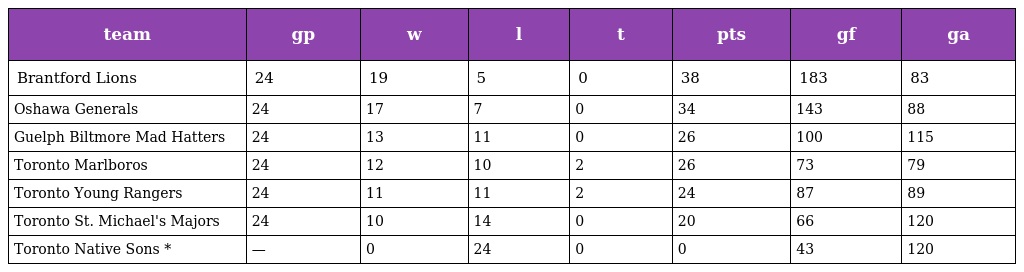
| team | gp | w | l | t | pts | gf | ga |
 | --- | --- | --- | --- | --- | --- | --- | --- |
 | Brantford Lions | 24 | 19 | 5 | 0 | 38 | 183 | 83 |
 | Oshawa Generals | 24 | 17 | 7 | 0 | 34 | 143 | 88 |
 | Guelph Biltmore Mad Hatters | 24 | 13 | 11 | 0 | 26 | 100 | 115 |
 | Toronto Marlboros | 24 | 12 | 10 | 2 | 26 | 73 | 79 |
 | Toronto Young Rangers | 24 | 11 | 11 | 2 | 24 | 87 | 89 |
 | Toronto St. Michael's Majors | 24 | 10 | 14 | 0 | 20 | 66 | 120 |
 | Toronto Native Sons * | — | 0 | 24 | 0 | 0 | 43 | 120 |